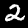
Label: 2